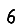
Digit: 6